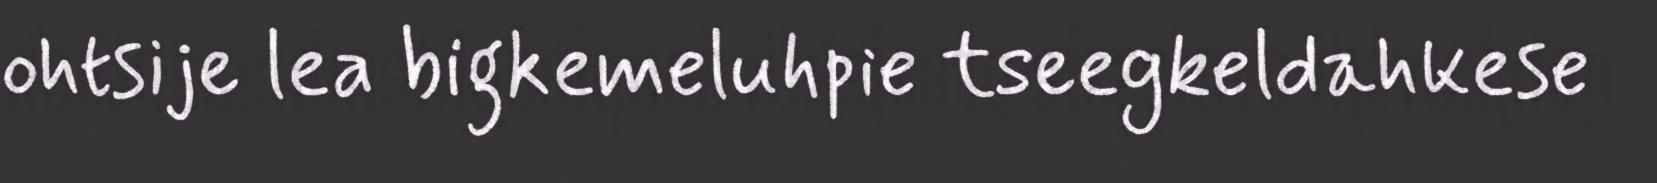
ohtsije lea bigkemeluhpie tseegkeldahkese